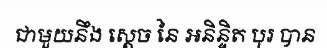
ជាមួយនឹង ស្តេច នៃ អនិន្ទិត បុរ បាន